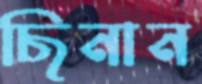
ছিনান